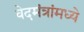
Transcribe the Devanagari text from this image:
वेदमंत्रांमध्ये